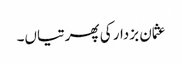
عثمان بزدار کی پھرتیاں۔